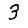
Digit: 3